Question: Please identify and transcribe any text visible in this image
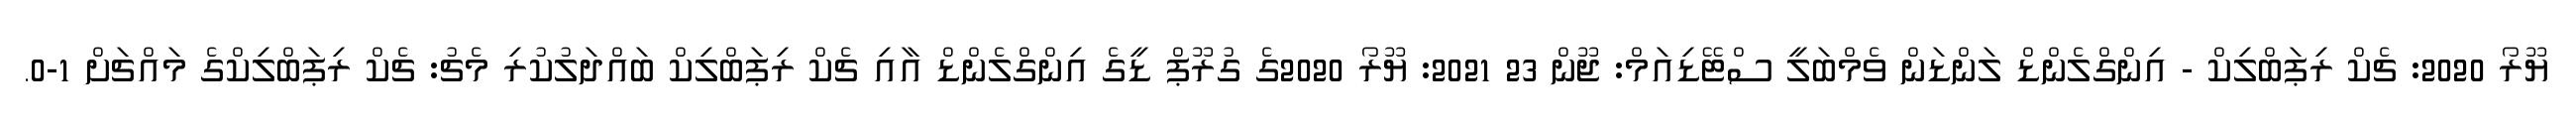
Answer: ޔޫރޯ 2020: ޗެކް ރިޕަބްލިކް - އިންގްލެންޑް ލަންޑަން ވެމްބަލީ ސްޓޭޑިއަމް: ޖޫން 23 2021: ޔޫރޯ 2020ގެ ގުރޫޕް ޑީގެ އިންގްލެންޑް އާއި ޗެކް ރިޕަބްލިކް ބައްދަލުކުރި މެޗު: ޗެކް ރިޕަބްލިކްގެ މައްޗަށް 1-0.